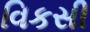
વિકસી